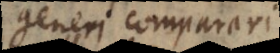
generi comparari